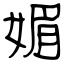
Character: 媚